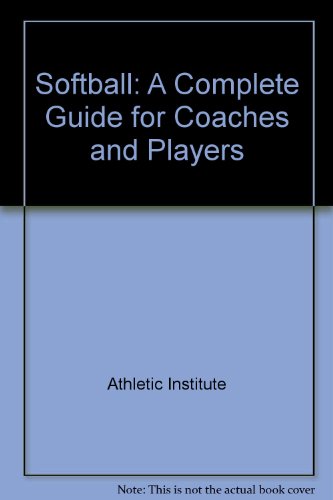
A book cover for Softball: A Complete Guide for Coaches and Players; Athletic Institute; Sports & Outdoors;